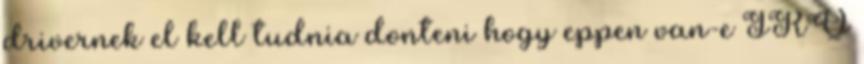
drivernek el kell tudnia donteni hogy eppen van-e IRQ